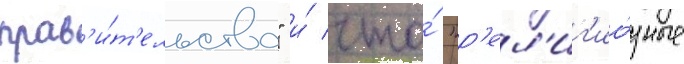
прав'и́т'ельства" и́ что́ "р'ел'иг'ио́зные